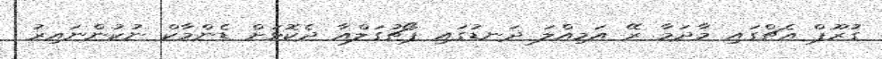
ގުރޫޕް އެޗްގައި މާދަމާ ރޭ އަމިއްލަ ދަނޑުގައި ޕޯޗުގަލްއާ ދެކޮޅަށް ޑެންމާކް ނުކުންނައިރު